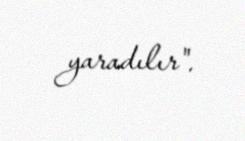
yaradılır".